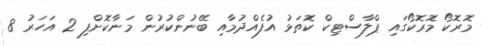
މޮރޮކޯ މޮރޮކޯގައި ޕްލާސްޓިކް ކޮތަޅު އުފެއްދުމާއި ބޭނުންކުރުން މަނާކޮށްފި 2 އަހަރު 8